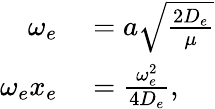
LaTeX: \begin{array}{rl}{\omega_{e}}&{{}=a\sqrt{\frac{2D_{e}}{\mu}}}\\ {\omega_{e}x_{e}}&{{}=\frac{\omega_{e}^{2}}{4D_{e}},}\end{array}